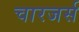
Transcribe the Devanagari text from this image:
चारजर्स